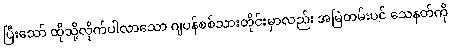
ပြီးသော် ထိုသို့လိုက်ပါလာသော ဂျပန်စစ်သားတိုင်းမှာလည်း အမြဲတမ်းပင် သေနတ်ကို